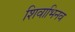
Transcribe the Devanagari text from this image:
शिवाभिनव